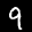
Label: 9